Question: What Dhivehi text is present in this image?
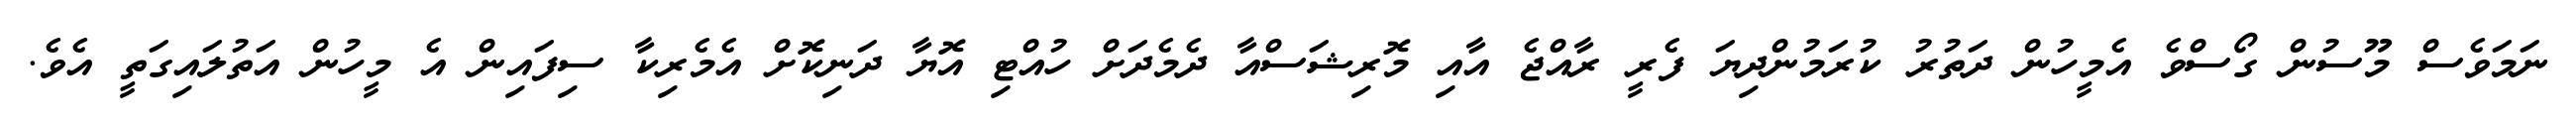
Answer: ނަމަވެސް މޫސުން ގޯސްވެ އެމީހުން ދަތުރު ކުރަމުންދިޔަ ފެރީ ރާއްޖެ އާއި މޮރިޝަސްއާ ދެމެދަށް ހުއްޓި އޮޔާ ދަނިކޮށް އެމެރިކާ ސިފައިން އެ މީހުން އަތުލައިގަތީ އެވެ.